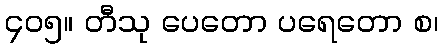
၄၀၅။ တီသု ပေတော ပရေတော စ၊